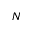
N